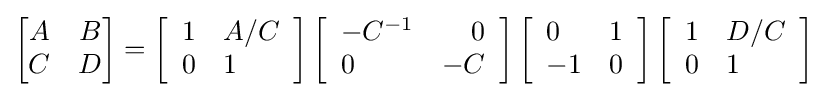
{\begin{bmatrix}A&B\\C&D\end{bmatrix}}=\left[{\begin{array}{ll}1&A/C\\0&1\end{array}}\right]\left[{\begin{array}{lr}-C^{-1}&0\\0&-C\end{array}}\right]\left[{\begin{array}{ll}0&1\\-1&0\end{array}}\right]\left[{\begin{array}{ll}1&D/C\\0&1\end{array}}\right]